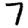
Digit: 7